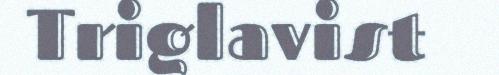
Triglavist